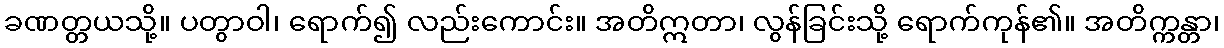
ခဏတ္တယသို့။ ပတွာဝါ၊ ရောက်၍ လည်းကောင်း။ အတိဣတာ၊ လွန်ခြင်းသို့ ရောက်ကုန်၏။ အတိက္ကန္တာ၊